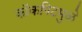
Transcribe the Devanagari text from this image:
कॉकपिटमुळे